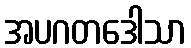
အပဂတဒေါသာ